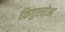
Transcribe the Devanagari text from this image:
फ़िगुएरोआ